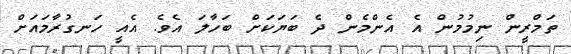
ތަމްރީން ނިމުމުން އެ އެންމެން ދެ ބަޔަކަށް ބަހާލަ އެވެ. އެއީ ހަނގުރާމައަަށް